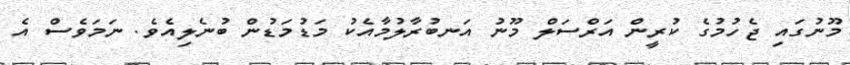
މޫނުގައި ޖެހުމުގެ ކުރީން އަރްސަލް މޫނު އަނބުރާލުމާއެކު މަޑުމަޑުން ބުނެލިއެވެ. ނަމަވެސް އެ